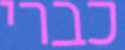
כברי